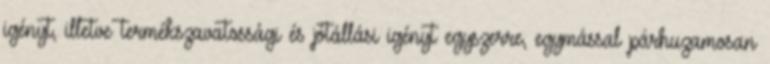
igényt, illetve termékszavatossági és jótállási igényt egyszerre, egymással párhuzamosan